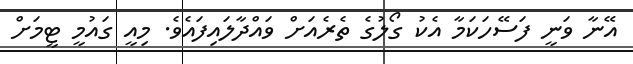
އޭނާ ވަނީ ފަސޭހަކަމާ އެކު ގޯލުގެ ތެރެއަށް ވައްދާލައިފައެވެ. މިއީ ގައުމީ ޓީމަށް